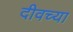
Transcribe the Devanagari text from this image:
दीवच्या